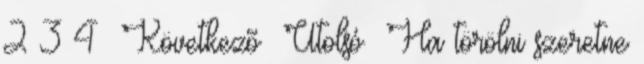
2 3 4 Következõ Utolsó Ha törölni szeretne